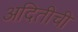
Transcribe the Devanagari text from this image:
अदितीची